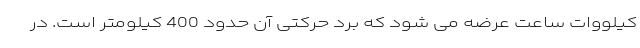
کیلووات ساعت عرضه می شود که برد حرکتی آن حدود 400 کیلومتر است. در